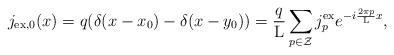
LaTeX: \begin{align*}j_{\rm ex,0}(x) = q(\delta(x-x_0) - \delta(x-y_0)) =\frac{q}{\rm L} \sum_{p \in \cal Z} j_p^{\rm ex} e^{-i \frac{2\pi p}{\rm L}x},\end{align*}